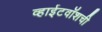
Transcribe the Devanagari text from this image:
व्हाईटवॉशची